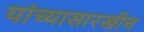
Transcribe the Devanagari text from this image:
यांच्यासारखीच